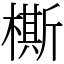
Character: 㯕